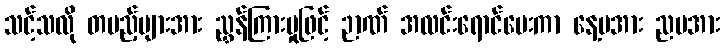
သင့်သလို တပည့်များအား ညွှန်ကြားမှုဖြင့် ဉာဏ် အလင်းရောင်ပေးကာ နေ့မအား ညမအား